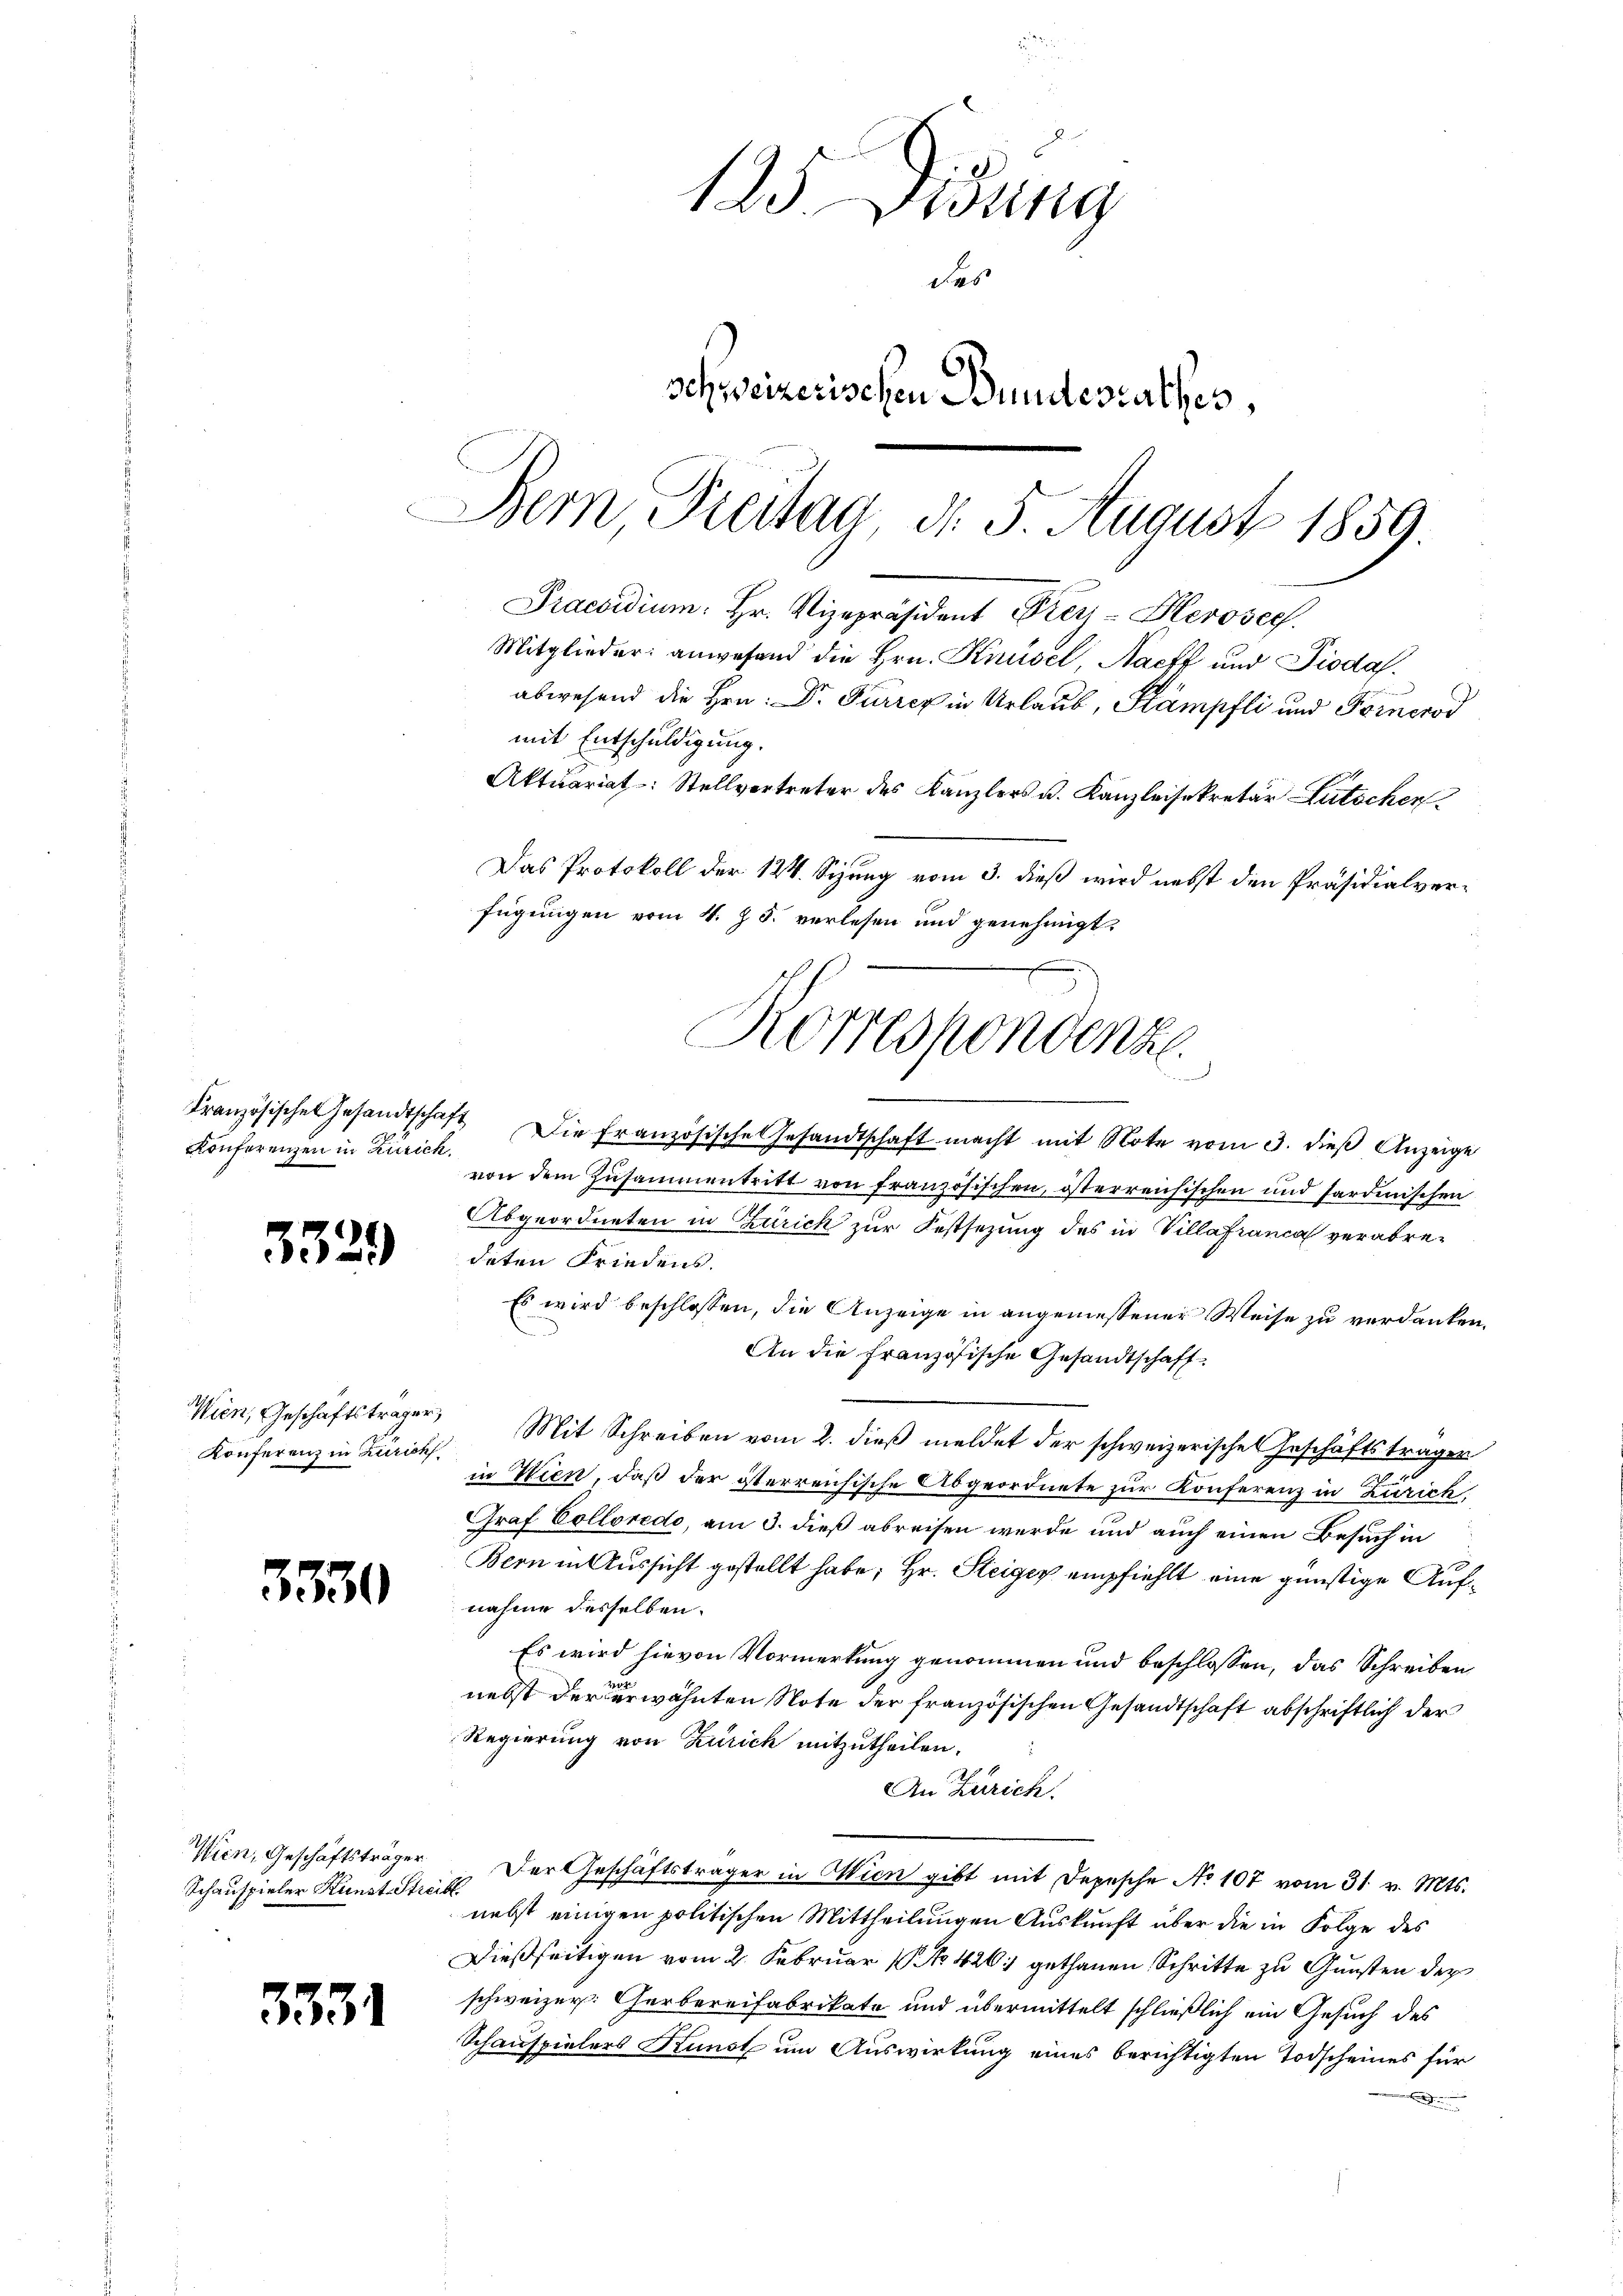
Konferenzen in Zürich.

3329

Konferenz in Zürich

3530

Wien, Geschäftsträger
Schauspieler Kunst Streibt.

3331

125 Didung
des
schweizerischen Bundesrathes,
Bern Freitag, d. 5. August 1859.
Praesidium. Hr. Vizepräsident Frey-Hleroseg
Mitglieder: anwesend die Hrn. Krusel, Nacht und Pioda
abwesend die Hrn. Dr Furren in Urlaub, Stämpfli und Fernerod
mit Entschuldigung.
Aktuariat: Stellvertreter des Kanzlers u. Kanzleisekretär Lütschen

Das Protokoll der 124. Sizung vom 3. dieß wird nebst den Präsidialverfügungen vom 4. Z. 5. verlesen und genehmigt.
Korrespondenze

ment
Französische Gesandtschaft die französische Gesandtschaft macht mit Note vom 3. dieß Anzeige
von dem Zusammentritt von französischen, österreichischen und sardinischen
Abgeordneten in Zürich zur Festsezung des in Villafranca verabredeten Friedens.
Es wird beschlossen, die Anzeige in angemessener Weise zu verdanken.
An die französische Gesandtschaft
Wien, Geschäftsträger Mit Schreiben vom 2. dieβ meldet der schweizerisches Geschäftstragen
in Wien, daß der iterreichische Abgeordnete zur Konferenz in Zürich,
Graf Colloredo, am 3. dieß abreisen werde und auch einen Besuch in
Bern in Aussicht gestellt habe; Hr. Steiger empfiehlt eine günstige Aufnahme desselben.
Es wird hievon Vormerkung genommen und beschlossen, das Schreiben
nebst der erwähnten Note der französischen Gesandtschaft abschriftlich der
Regierung von Zürich mitzutheilen.
An Zürich.
Der Geschäftsträger in Wien gibt mit Depesche No 107 vom 31. v. Mts.
nebst einigen politischen Mittheilungen Auskunft über die in Folge des
Dießseitigen vom 2. Februar 1. No. 426. gethanen Schritte zu Gunsten der
schweizer. Gerbereifabrikato und übermittelt schließlich ein Gesuch des
Schauspielers Kunst um Auswirkung eines berichtigten Todscheines für
d